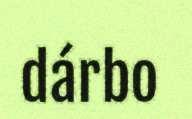
dárbo